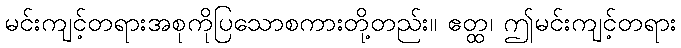
မင်းကျင့်တရားအစုကိုပြသောစကားတို့တည်း။ ဧတ္ထ၊ ဤမင်းကျင့်တရား